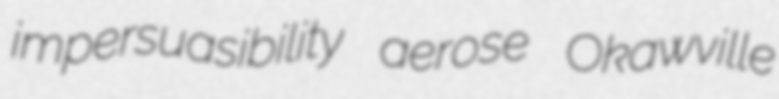
impersuasibility aerose Okawville